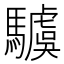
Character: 𩦢